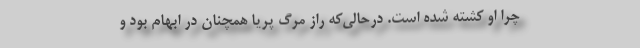
چرا او کشته شده است. درحالی‌که راز مرگ پریا همچنان در ابهام بود و